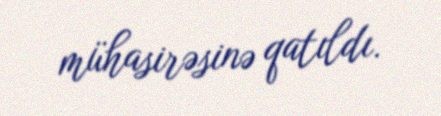
mühasirəsinə qatıldı.